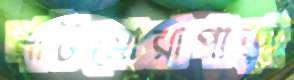
নাটমোরাপাড়া